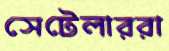
সেটেলাররা